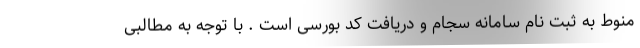
منوط به ثبت نام سامانه سجام و دریافت کد بورسی است . با توجه به مطالبی